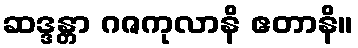
ဆဒ္ဒန္တာ ဂဇကုလာနိ ဧတာနိ။